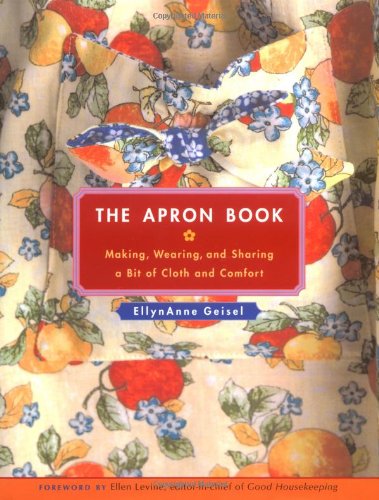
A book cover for The Apron Book: Making, Wearing, and Sharing a Bit of Cloth and Comfort; EllynAnne Geisel; Crafts, Hobbies & Home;